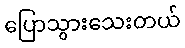
ပြောသွားသေးတယ်